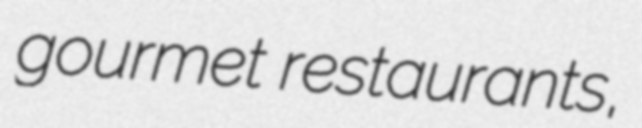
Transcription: gourmet restaurants,